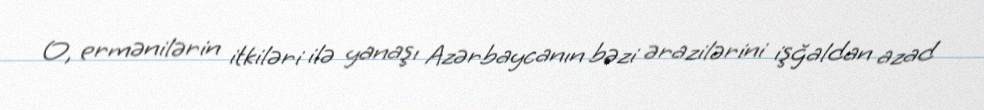
O, ermənilərin itkiləri ilə yanaşı Azərbaycanın bəzi ərazilərini işğaldan azad